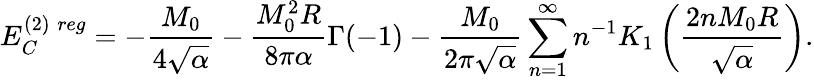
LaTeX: E_{C}^{(2)\; reg}=-\frac{M_{0}}{4\sqrt{\alpha}}-\frac{M_{0}^{2}R}{8\pi\alpha}\Gamma(-1)-\frac{M_{0}}{2\pi\sqrt{\alpha}}\sum_{n=1}^{\infty}n^{-1}K_{1}\left(\frac{2nM_{0}R}{\sqrt{\alpha}}\right).